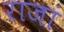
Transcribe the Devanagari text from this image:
राजां